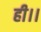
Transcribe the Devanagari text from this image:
ही।।